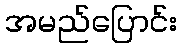
အမည်ပြောင်း